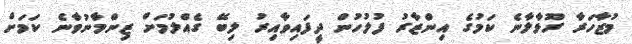
މުޒާހަރާ ރޫޅާލާނެ ކަމުގެ އިންޒާރު ފުލުހުން ދީފައިވާއިރު ލިބޭ ގެއްލުމަށް ޒިންމާނުވާނެ ކަމަށް